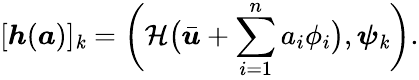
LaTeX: [\boldsymbol{h}(\boldsymbol{a})]_{\mathit{k}}=\bigg(\mathcal{{H}}\big(\bar{{\boldsymbol{u}}}+\sum_{i=1}^{n}a_{i}\phi_{i}\big),\boldsymbol{\psi}_{\mathit{k}}\bigg).